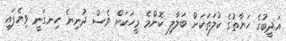
އަދީބުގެ ހަޔާތުގެ ކުލަތަކަށް ބަލާލި ކޮންމެ މީހަކަށް ވެސް ދުނިޔެ ހިނގަނީ ވިޔެފައި